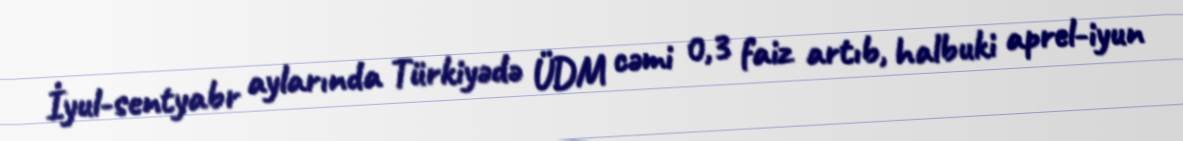
İyul-sentyabr aylarında Türkiyədə ÜDM cəmi 0,3 faiz artıb, halbuki aprel-iyun